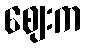
ဈေးက